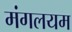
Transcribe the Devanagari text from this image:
मंगलयम